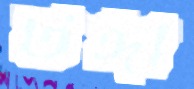
টঙ্গী